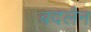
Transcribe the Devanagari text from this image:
बदलैन